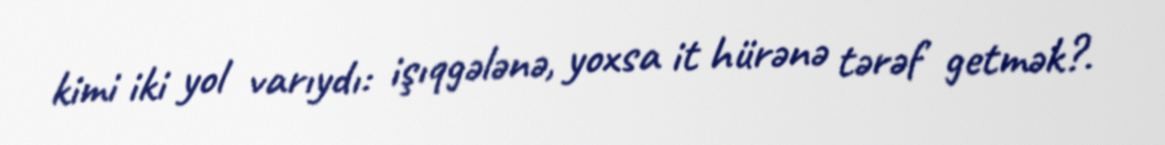
kimi iki yol varıydı: işıqgələnə, yoxsa it hürənə tərəf getmək?.